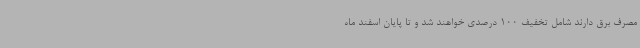
مصرف برق دارند شامل تخفیف 100 درصدی خواهند شد و تا پایان اسفند ماه